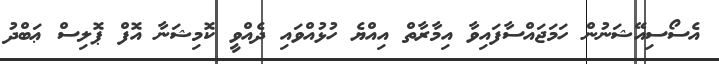
އެސޯސިއޭޝަނުން ހަމަޖައްސާފައިވާ އިމާރާތް އިއްޔެ ހުޅުއްވައި ދެއްވީ ކޮމިޝަނާ އޮފް ޕޮލިސް ޢަބްދު